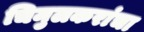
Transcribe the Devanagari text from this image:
चिमुलकरांचा